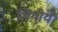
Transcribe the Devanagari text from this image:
भिगोयें